Vaccination in Bombay 1913-1923 - 1913-1923
Year: 1913
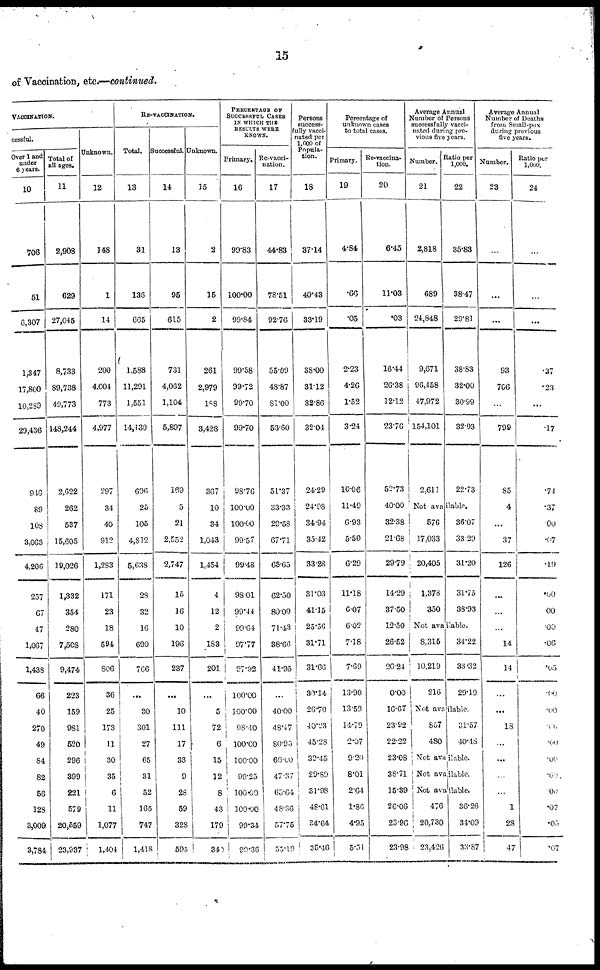
15
of Vaccination, etc.—continued.
VACCINATION.
cessful.
Over 1 and
under
6 years.
10
706
51
6,307
1,347
17,800
10,289
29,436
946
89
108
3,063
4,206
257
67
47
1,067
1,438
66
40
270
49
84
82
56
128
3,009
3,784
Total of
all ages.
11
2,908
629
27,045
8,733
89,738
49,773
148,244
2,622
262
537
15,605
19,026
1,332
354
280
7,508
9,474
223
159
981
520
296
399
221
579
20,559
23,937
Unknown.
12
148
1
14
200
4,004
773
4,977
297
34
40
912
1,283
171
23
18
594
806
36
25
173
11
30
35
6
11
1,077
1,404
RE-VACCINATION.
Total.
13
31
136
665
1,588
11,291
1,551
14,430
696
25
105
4,812
5,638
28
32
16
690
766
...
30
301
27
65
31
52
165
747
1,418
Successful.
14
13
95
615
731
4,062
1,104
5,897
169
5
21
2,552
2,747
15
16
10
196
237
...
10
111
17
33
9
28
59
328
595
Unknown.
15
2
15
2
261
2,979
188
3,428
367
10
34
1,043
1,454
4
12
2
183
201
...
5
72
6
15
12
8
43
179
340
PERCENTAGE OF
SUCCESSFUL CASES
IN WHICH THE
RESULTS WERE
KNOWN.
Primary.
16
99.83
100.00
99.84
99.58
99.72
99.70
99.70
98.76
100.00
100.00
99.57
99.48
98.01
99.44
99.64
97.77
97.92
100.00
100.00
98.40
100.00
100.00
99.25
100.00
100.00
99.34
99.36
Re-vacci-
nation.
17
44.83
78.51
92.76
55.09
48.87
81.00
53.60
51.37
33.33
28.58
67.71
65.65
62.50
80.00
71.43
38.66
41.95
...
40.00
48.47
80.95
66.00
47.37
63.64
48.36
57.75
53.19
Persons
success-
fully vacci-
nated per
1,000 of
Popula-
tion.
18
37.14
40.43
33.19
38.00
31.12
32.86
32.04
24.29
24.98
34.94
35.42
33.28
31.03
41.15
25.56
31.71
31.66
30.14
26.70
40.23
45.28
32.45
29.89
31.98
48.61
34.64
35.46
Percentage of
unknown cases
to total cases.
Primary.
19
4.84
.66
.05
2.23
4.26
1.52
3.24
10.06
11.49
6.93
5.50
6.29
11.18
6.07
6.02
7.18
7.69
13.90
13.59
14.79
2.07
9.20
8.01
2.64
1.86
4.95
5.51
Re-vaccina-
tion.
20
6.45
11.03
.03
16.44
26.38
12.12
23.76
52.73
40.00
32.38
21.68
29.79
14.29
37.50
12.50
26.52
26.24
0.00
16.67
23.92
22.22
23.08
38.71
15.39
26.06
23.96
23.98
Average Annual
Number of Persons
successfully vacci-
nated during pre-
vious five years.
Number.
21
2,818
689
24,848
9,671
96,458
47,972
154,101
2,611
Ratio per
1,000.
22
35.83
38.47
29.81
38.83
32.00
30.99
32.03
22.73
Not available.
576
17,033
20,405
1,378
350
36.07
33.29
31.20
31.75
38.93
Not available.
8,315
10,219
216
34.22
33.32
29.19
Not available.
857
480
31.57
40.48
Not available.
Not available.
Not available.
476
20,730
23,426
36.26
34.09
33.87
Average Annual
Number of Deaths
from Small-pox
during previous
five years.
Number.
23
...
...
...
93
766
...
799
85
4
...
37
126
...
...
...
14
14
...
...
18
...
...
...
...
1
28
47
Ratio per
1,000.
24
...
...
...
.37
.23
...
.17
.74
.37
.00
.07
.19
.00
00
.00
.06
.05
.00
.00
.00
.00
.00
.00
.00
.07
.05
.07